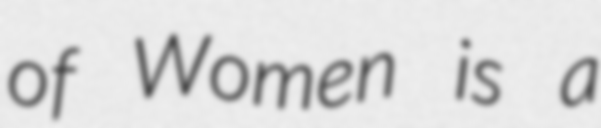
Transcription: of Women is a